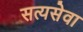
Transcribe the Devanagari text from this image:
सत्यसेवा